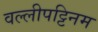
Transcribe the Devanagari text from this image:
वल्लीपट्टिनम